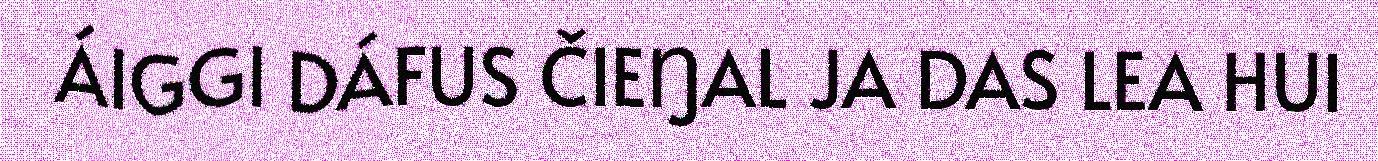
ÁIGGI DÁFUS ČIEŊAL JA DAS LEA HUI